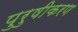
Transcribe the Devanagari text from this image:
पुरुषीकरण